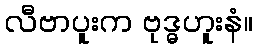
လီဗာပူးက ဗုဒ္ဓဟူးနံ။